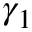
\gamma _ { 1 }